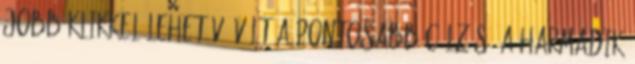
jobb klikkel lehetővé vált a pontosabb célzás. A harmadik